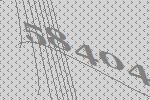
58404